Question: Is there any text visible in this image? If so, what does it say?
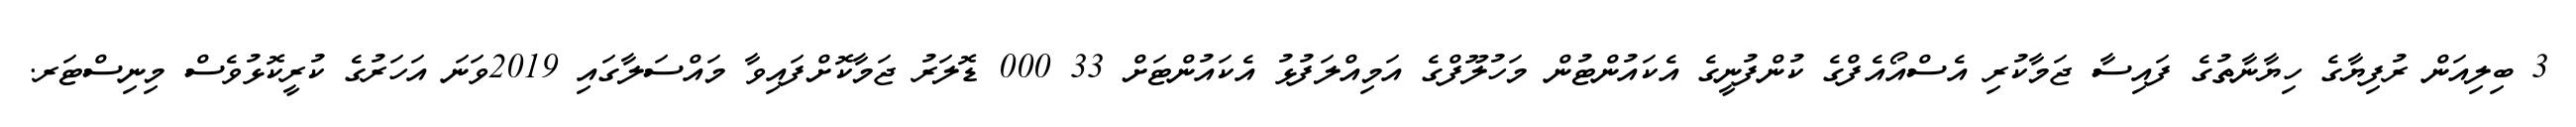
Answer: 3 ބިލިއަން ރުފިޔާގެ ހިޔާނާތުގެ ފައިސާ ޖަމާކުރި އެސްއޯއެފްގެ ކުންފުނީގެ އެކައުންޓުން މަހުލޫފްގެ އަމިއްލަފުޅު އެކައުންޓަށް 33 000 ޑޮލަރު ޖަމާކޮށްފައިވާ މައްސަލާގައި 2019ވަނަ އަހަރުގެ ކުރީކޮޅުވެސް މިނިސްޓަރ.